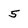
Character: 5